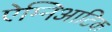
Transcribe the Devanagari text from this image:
ऐम्निआटिक